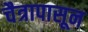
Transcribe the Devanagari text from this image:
चैत्रापासून